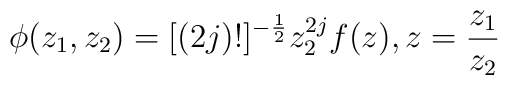
\phi(z_{1},z_{2})=[(2j)!]^{-\frac{1}{2}}z_{2}^{2j}f(z), \vspace{.5 in}z=\frac{z_{1}}{z_{2}}